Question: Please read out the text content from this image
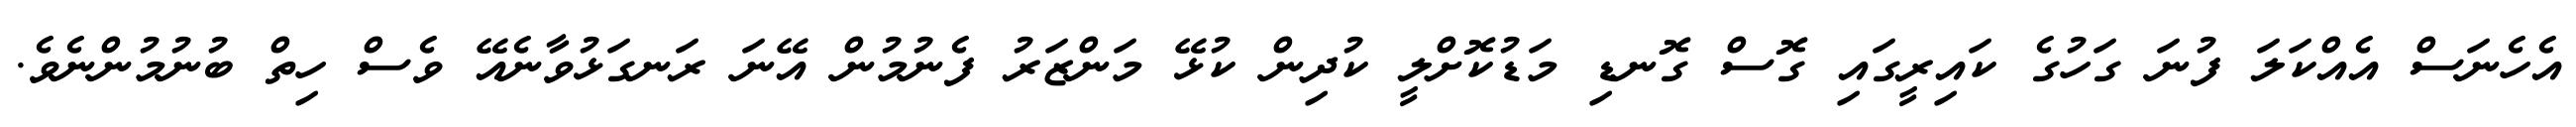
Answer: އެހެނަސް އެއްކަލަ ފުނަ ގަހުގެ ކައިރީގައި ގޮސް ގޮނޑި މަޑުކޮށްލީ ކުދިން ކުޅޭ މަންޒަރު ފެނުމުން އޭނަ ރަނގަޅުވާނެއޭ ވެސް ހިތް ބުނުމުންނެވެ.